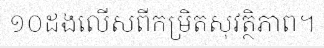
១០ដងលើសពីកម្រិតសុវត្ថិភាព។